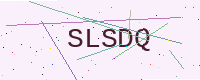
Text: SLSDQ